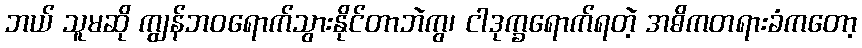
ဘယ် သူမဆို ကျွန်ဘဝရောက်သွားနိုင်တာဘဲကွ၊ ငါဒုက္ခရောက်ရတဲ့ အဓိကတရားခံကတော့